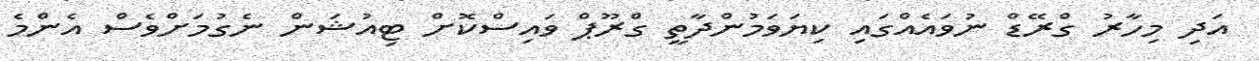
އަދި މިހާރު ގްރޭޑް ނުވައެއްގައި ކިޔަވަމުންދާތީ ގްރޫޕް ވައިސްކޮށް ޓިއުޝަން ނެގުމަށްވެސް އެންމެ